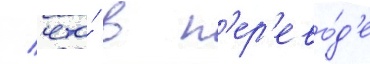
/ что́ в п'ер'ево́д'е